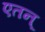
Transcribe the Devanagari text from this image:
एतन्‌